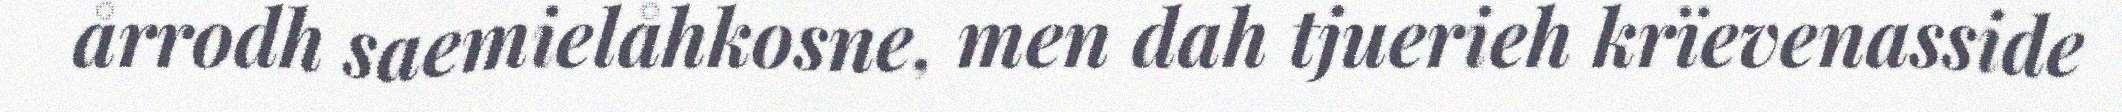
årrodh saemielåhkosne, men dah tjuerieh krïevenasside